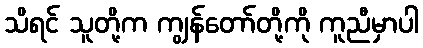
သိရင် သူတို့က ကျွန်တော်တို့ကို ကူညီမှာပါ